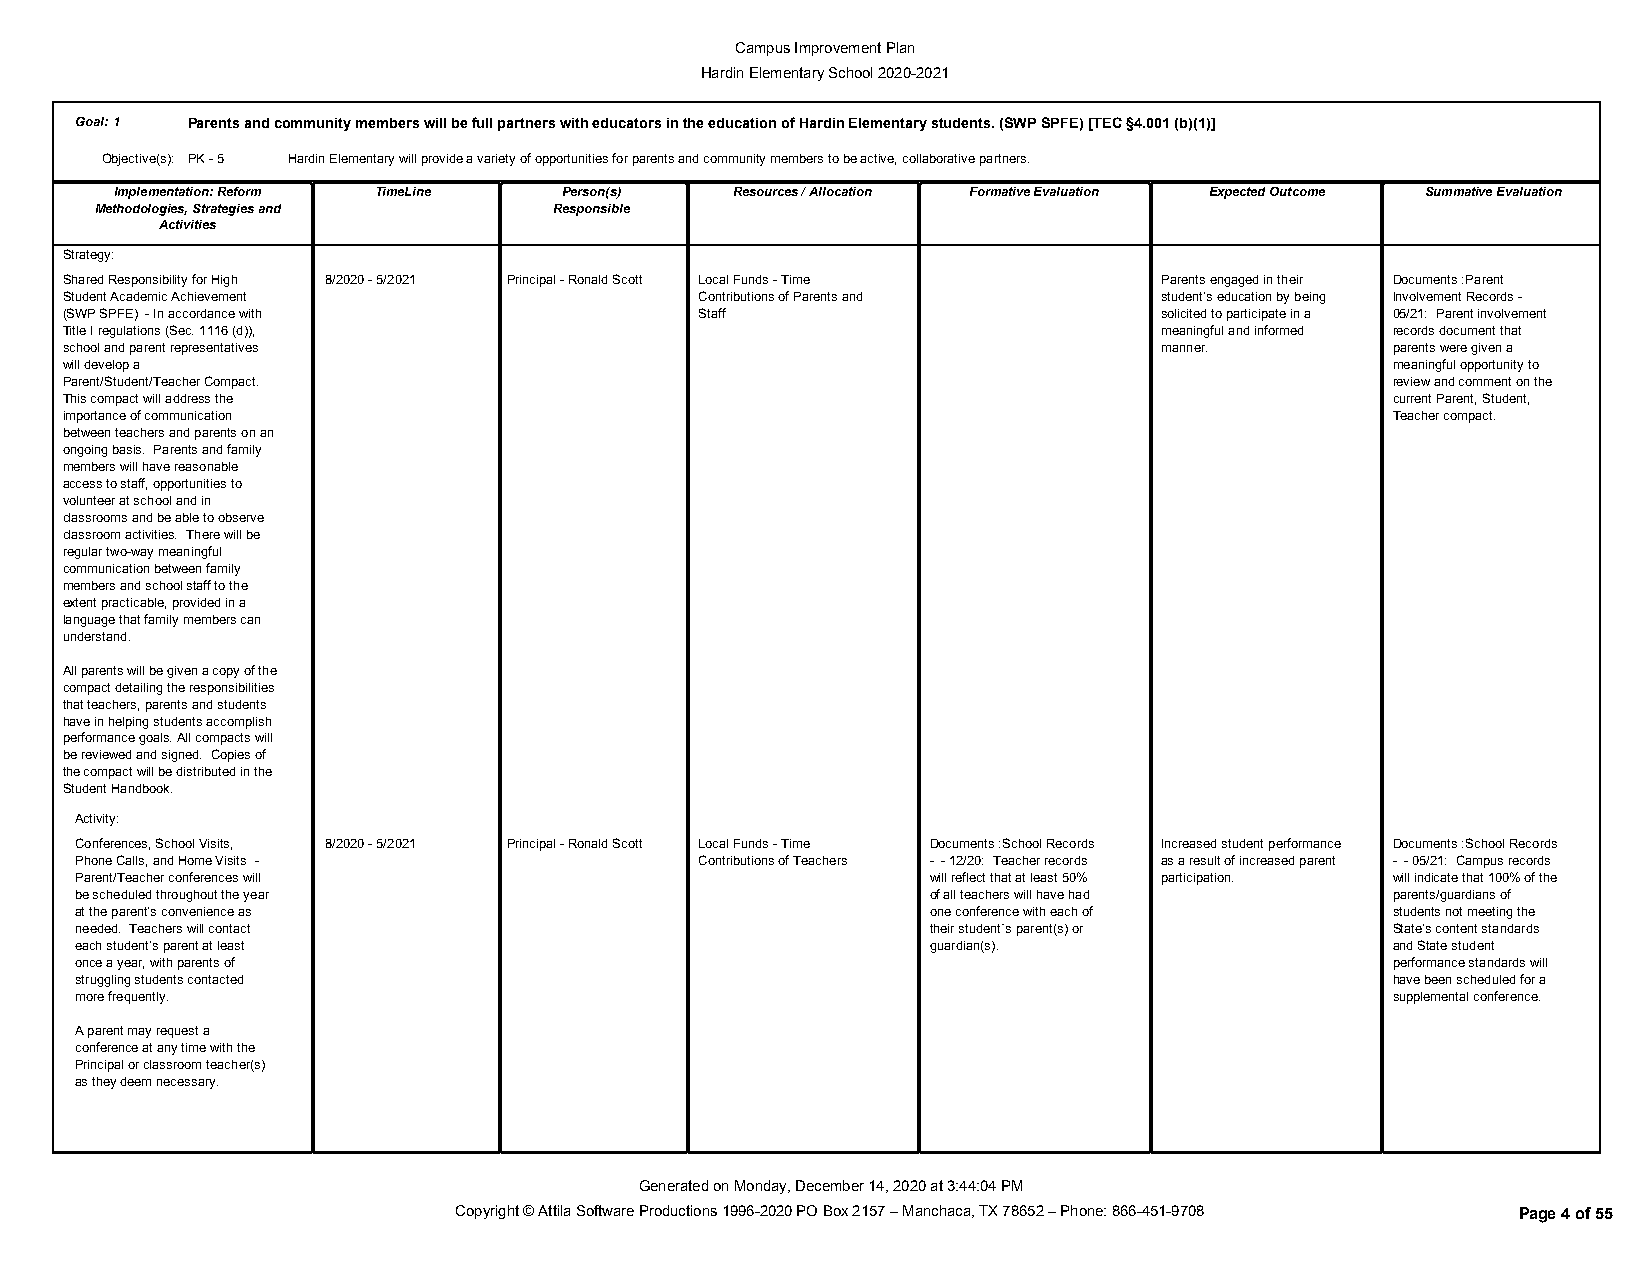
Campus Improvement Plan
 Hardin Elementary School 2020-2021
 Goal:1 Parents and community members will be full partners with educators in the education of Hardin Elementary students. (SWP SPFE) [TEC §4.001 (b)(1)]
 Objective(s): PK - 5 Hardin Elementary will provide a variety of opportunities for parents and community members to be active, collaborative partners.
 Implementation: Reform TimeLine Person(s) Resources / Allocation Formative Evaluation Expected Outcome Summative Evaluation
 Methodologies, Strategies and  Responsible
 Activities
 Strategy:
 Shared Responsibility for High 8/2020 - 5/2021 Principal - Ronald Scott Local Funds - Time Parents engaged in their Documents :Parent
 Student Academic Achievement              Contributions of Parents and   student’s education by being Involvement Records -
 (SWP SPFE) - In accordance with           Staff                          solicited to participate in a 05/21: Parent involvement
 Title I regulations (Sec. 1116 (d)),                                     meaningful and informed records document that
 school and parent representatives                                        manner.        parents were given a
 will develop a                                                                          meaningful opportunity to
 Parent/Student/Teacher Compact.                                                         review and comment on the
 This compact will address the                                                           current Parent, Student,
 importance of communication                                                             Teacher compact.
 between teachers and parents on an
 ongoing basis. Parents and family
 members will have reasonable
 access to staff, opportunities to
 volunteer at school and in
 classrooms and be able to observe
 classroom activities. There will be
 regular two-way meaningful
 communication between family
 members and school staff to the
 extent practicable, provided in a
 language that family members can
 understand.
 All parents will be given a copy of the
 compact detailing the responsibilities
 that teachers, parents and students
 have in helping students accomplish
 performance goals. All compacts will
 be reviewed and signed. Copies of
 the compact will be distributed in the
 Student Handbook.
 Activity:
 Conferences, School Visits, 8/2020 - 5/2021 Principal - Ronald Scott Local Funds - Time Documents :School Records Increased student performance Documents :School Records
 Phone Calls, and Home Visits -           Contributions of Teachers - - 12/20: Teacher records as a result of increased parent - - 05/21: Campus records
 Parent/Teacher conferences will                          will reflect that at least 50% participation. will indicate that 100% of the
 be scheduled throughout the year                         of all teachers will have had parents/guardians of
 at the parent’s convenience as                           one conference with each of   students not meeting the
 needed. Teachers will contact                            their student`s parent(s) or  State’s content standards
 each student’s parent at least                           guardian(s).                  and State student
 once a year, with parents of                                                           performance standards will
 struggling students contacted                                                          have been scheduled for a
 more frequently.                                                                       supplemental conference.
 A parent may request a
 conference at any time with the
 Principal or classroom teacher(s)
 as they deem necessary.
 Generated on Monday, December 14, 2020 at 3:44:04 PM
 Copyright © Attila Software Productions 1996-2020 PO Box 2157 – Manchaca, TX 78652 – Phone: 866-451-9708 Page 4 of 55